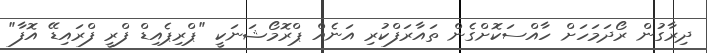
ދިރާގުން ރޯދަމަހަށް ހާއްސަކޮށްގެން ތައާރަފްކުރި އަނެއް ޕްރޮމޯޝަނަކީ "ޕްރިޕެއިޑް ފްރީ ފްރައިޑޭ އޮފާ"